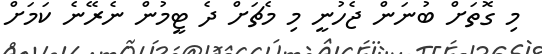
މި ގޮތަށް ބުނަން ޖެހުނީ މި މެޗަށް ދެ ޓީމުން ނެރޭނެ ކަމަށް